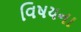
વિષયના